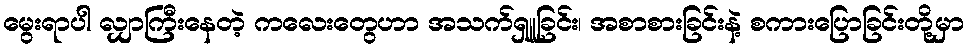
မွေးရာပါ လျှာကြီးနေတဲ့ ကလေးတွေဟာ အသက်ရှူခြင်း၊ အစာစားခြင်းနဲ့ စကားပြောခြင်းတို့မှာ